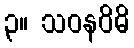
၃။ သဝနဝိဓိ